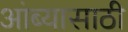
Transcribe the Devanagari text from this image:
आंब्यासाठी